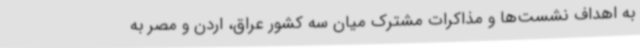
به اهداف نشست‌ها و مذاکرات مشترک میان سه کشور عراق، اردن و مصر به